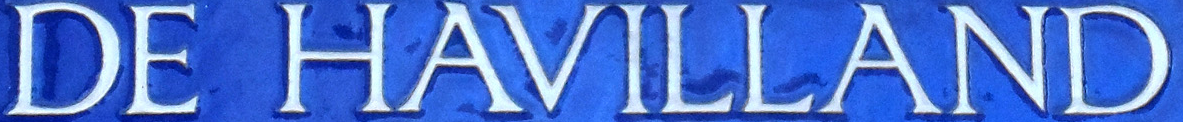
DE HAVILLAND